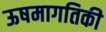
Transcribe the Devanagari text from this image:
ऊषमागतिकी